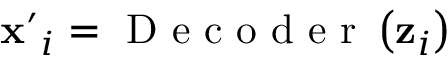
{ \mathbf { x } ^ { \prime } } _ { i } = \mathrm { ~ D ~ e ~ c ~ o ~ d ~ e ~ r ~ } \left( \mathbf { z } _ { i } \right)